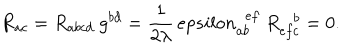
R _ { a c } = R _ { a b c d } \ g ^ { b d } = { \frac { 1 } { 2 \lambda } } \, e p s i l o n _ { a b } ^ { \ \ e f } \ R _ { e f c } ^ { \ \ \ b } = 0 .